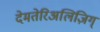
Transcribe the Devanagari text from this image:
देमतेरिअलिज़िग्